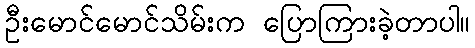
ဦးမောင်မောင်သိမ်းက ပြောကြားခဲ့တာပါ။